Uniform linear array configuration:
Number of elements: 48
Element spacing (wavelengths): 0.75
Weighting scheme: uniform
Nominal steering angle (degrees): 15
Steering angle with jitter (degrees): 13.593
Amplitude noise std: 0.05
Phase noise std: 0.05

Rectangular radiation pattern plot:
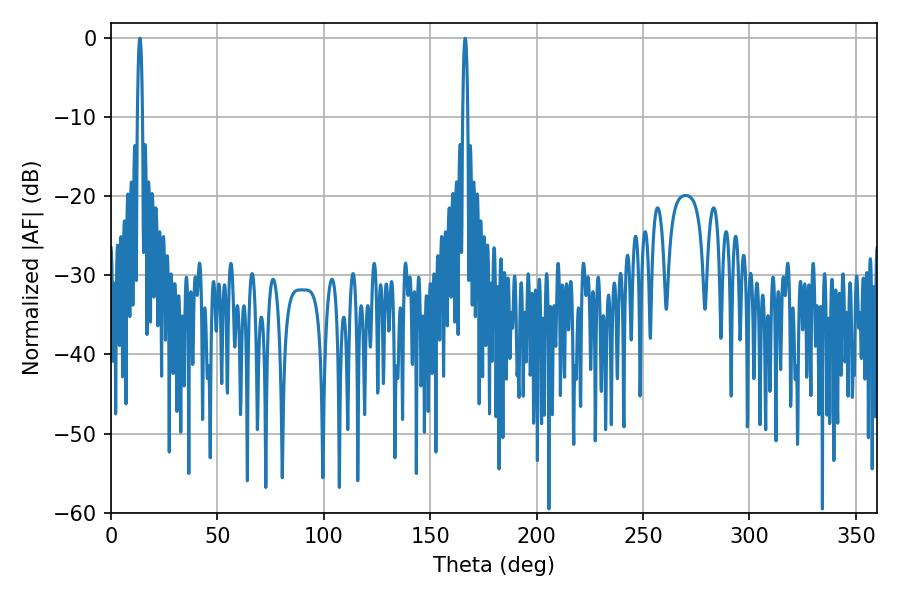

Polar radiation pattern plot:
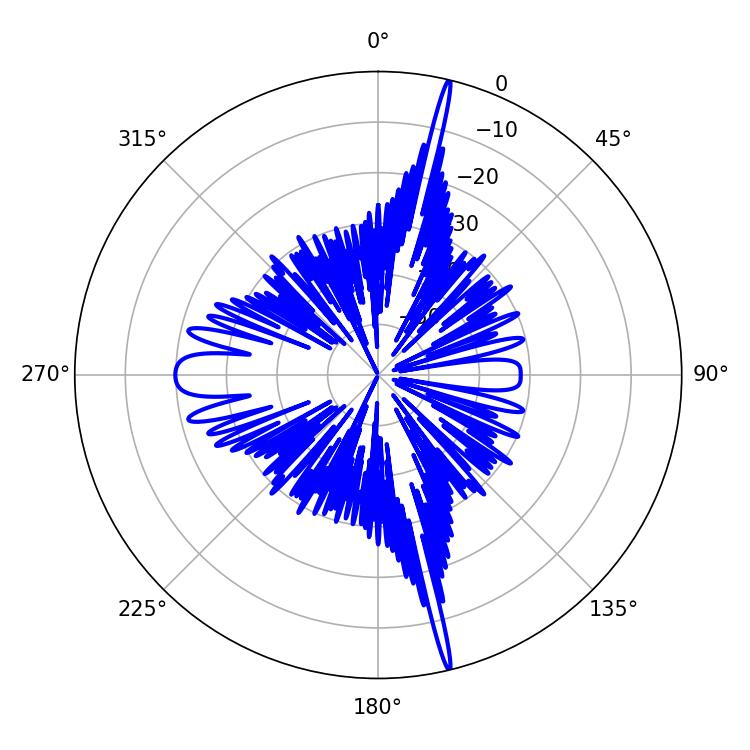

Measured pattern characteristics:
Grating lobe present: TRUE
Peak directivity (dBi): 22.948
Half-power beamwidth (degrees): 1.26
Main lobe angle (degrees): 166.5